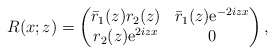
\begin{align*}R(x;z)=\begin{pmatrix}\bar{r}_1(z) r_2(z) & \bar{r}_1(z) \mathrm{e}^{-2iz x} \\r_2(z) \mathrm{e}^{2iz x} & 0\end{pmatrix},\end{align*}